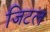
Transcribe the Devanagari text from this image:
जिटल